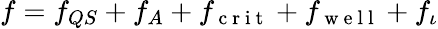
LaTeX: f=f_{QS}+f_{A}+f_{\mathrm{~c~r~i~t~}}+f_{\mathrm{~w~e~l~l~}}+f_{\iota}